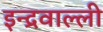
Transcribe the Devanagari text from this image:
इन्द्रवाल्ली